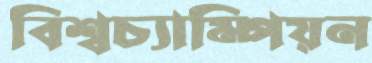
বিশ্বচ্যাম্পিয়ন